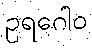
ဥရဂေါဝ